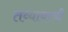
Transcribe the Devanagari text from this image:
तव्यावरची